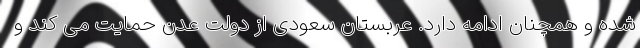
شده و همچنان ادامه دارد. عربستان سعودی از دولت عدن حمایت می کند و